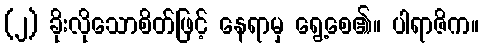
(၂) ခိုးလိုသောစိတ်ဖြင့် နေရာမှ ရွေ့စေ၏။ ပါရာဇိက။